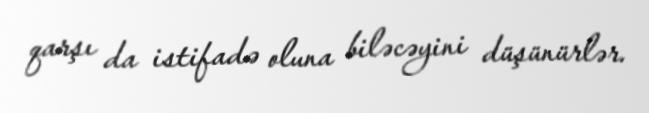
qarşı da istifadə oluna biləcəyini düşünürlər.